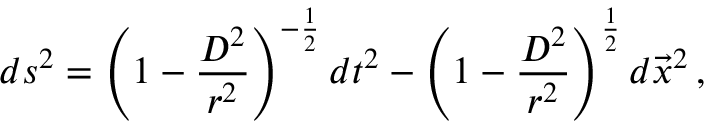
d s ^ { 2 } = \left( 1 - \frac { D ^ { 2 } } { r ^ { 2 } } \right) ^ { - \frac { 1 } { 2 } } d t ^ { 2 } - \left( 1 - \frac { D ^ { 2 } } { r ^ { 2 } } \right) ^ { \frac { 1 } { 2 } } d \vec { x } ^ { 2 } \, ,